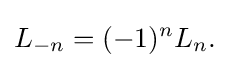
L_{-n}=(-1)^{n}L_{n}.\!